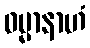
ဓမ္မာနာဟံ